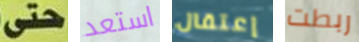
حتى استعد إعتقال ربطت